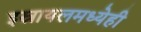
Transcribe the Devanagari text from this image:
इस्रायलमध्येही